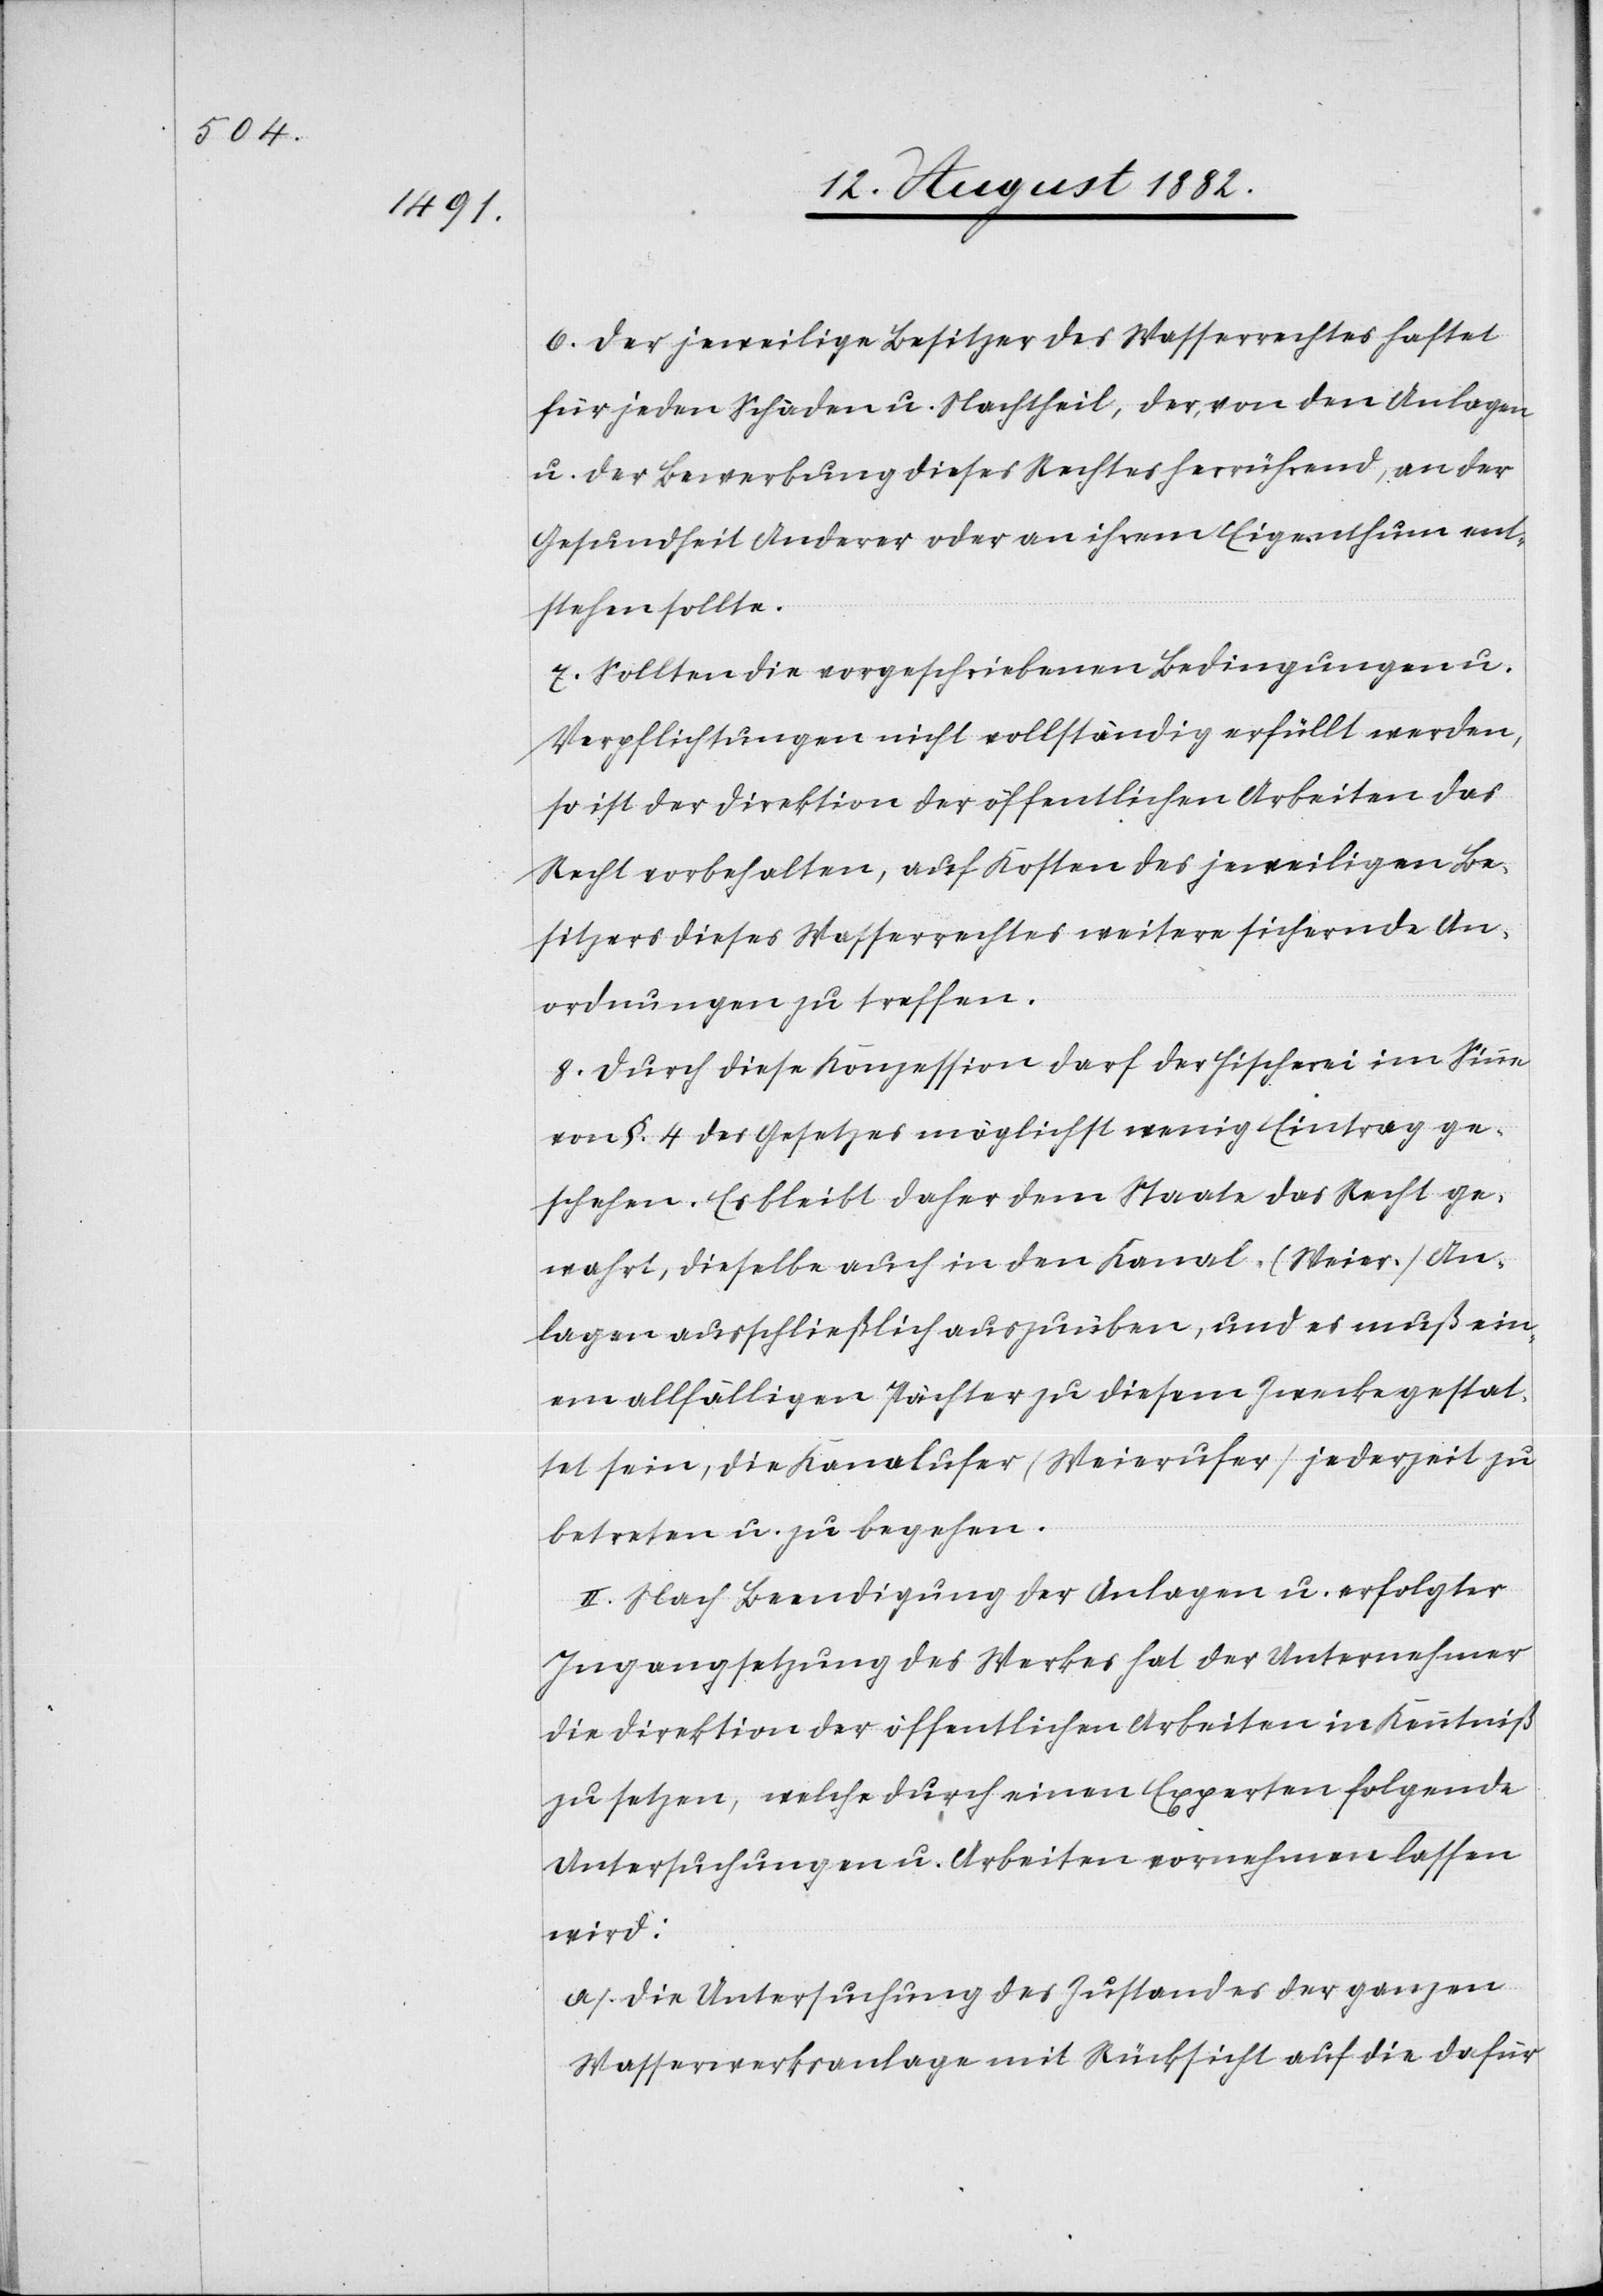
6. Der jeweilige Besitzer des Wasserrechtes haftet
für jeden Schaden u. Nachtheil, der, von den Anlagen
u. der Bewerbung dieses Rechtes herrührend, an der
Gesundheit Anderer oder an ihrem Eigenthum ent¬
stehen sollte.
7. Sollten die vorgeschriebenen Bedingungen u.
Verpflichtungen nicht vollständig erfüllt werden,
so ist der Direktion der öffentlichen Arbeiten das
Recht vorbehalten, auf Kosten des jeweiligen Be¬
sitzers dieses Wasserrechtes weitere sichernde An¬
ordnungen zu treffen.
8. Durch diese Konzession darf der Fischerei im Sinne
von §. 4 des Gesetzes möglichst wenig Eintrag ge¬
schehen. Es bleibt daher dem Staate das Recht ge¬
wahrt, dieselbe auch in den Kanal- (Weier-) An¬
lagen ausschließlich auszuüben, und es muß ein¬
em allfälligen Pächter zu diesem Zwecke gestat¬
tet sein, die Kanalufer (Weierufer) jederzeit zu
betreten u. zu begehen.
II. Nach Beendigung der Anlagen u. erfolgter
Ingangsetzung des Werkes hat der Unternehmer
die Direktion der öffentlichen Arbeiten in Kenntniß
zu setzen, welche durch einen Experten folgende
Untersuchungen u. Arbeiten vornehmen lassen
wird:
a) Die Untersuchung des Zustandes der ganzen
Wasserwerksanlage mit Rücksicht auf die dafür